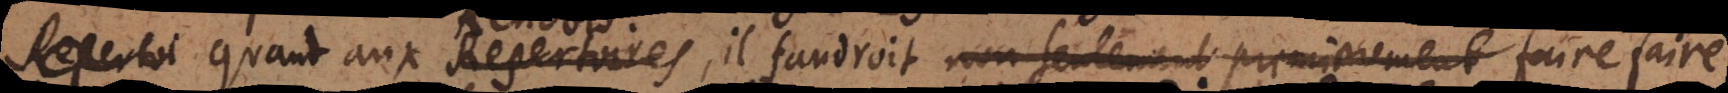
Repertoi Quand aux Repertoires, il faudroit non seulement premièrement faire faire